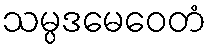
သမ္ပဒမေဝေတံ